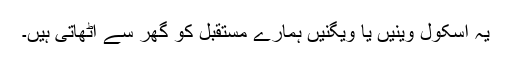
یہ اسکول وینیں یا ویگنیں ہمارے مستقبل کو گھر سے اٹھاتی ہیں۔